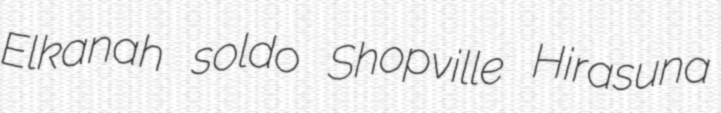
Elkanah soldo Shopville Hirasuna